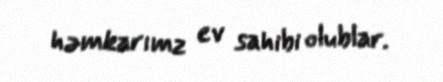
həmkarımz ev sahibi olublar.